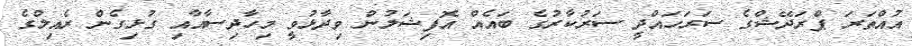
އުއްތަރަ ޕްރަދޭޝްގެ ސަރަހައްދީ ސަރުކާރުގެ ބައެއް އޮފިޝަލުން ވިދާޅުވީ މިހާދިސާއާއި ގުޅިގެން ރެއިލްގެ